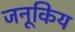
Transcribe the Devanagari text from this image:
जनूकिय